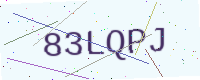
Text: 83LQPJ